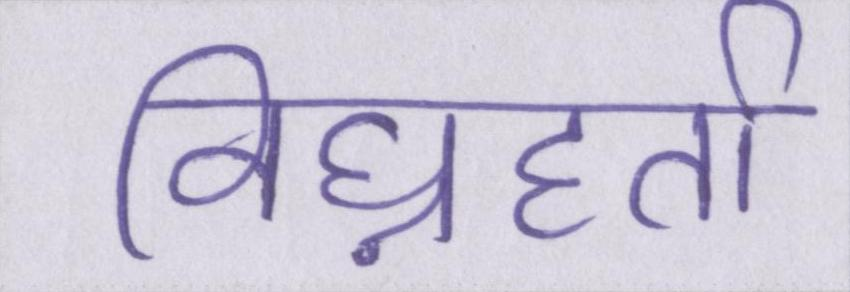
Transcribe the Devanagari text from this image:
विघ्नहर्ता